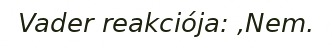
Vader reakciója: ,Nem.